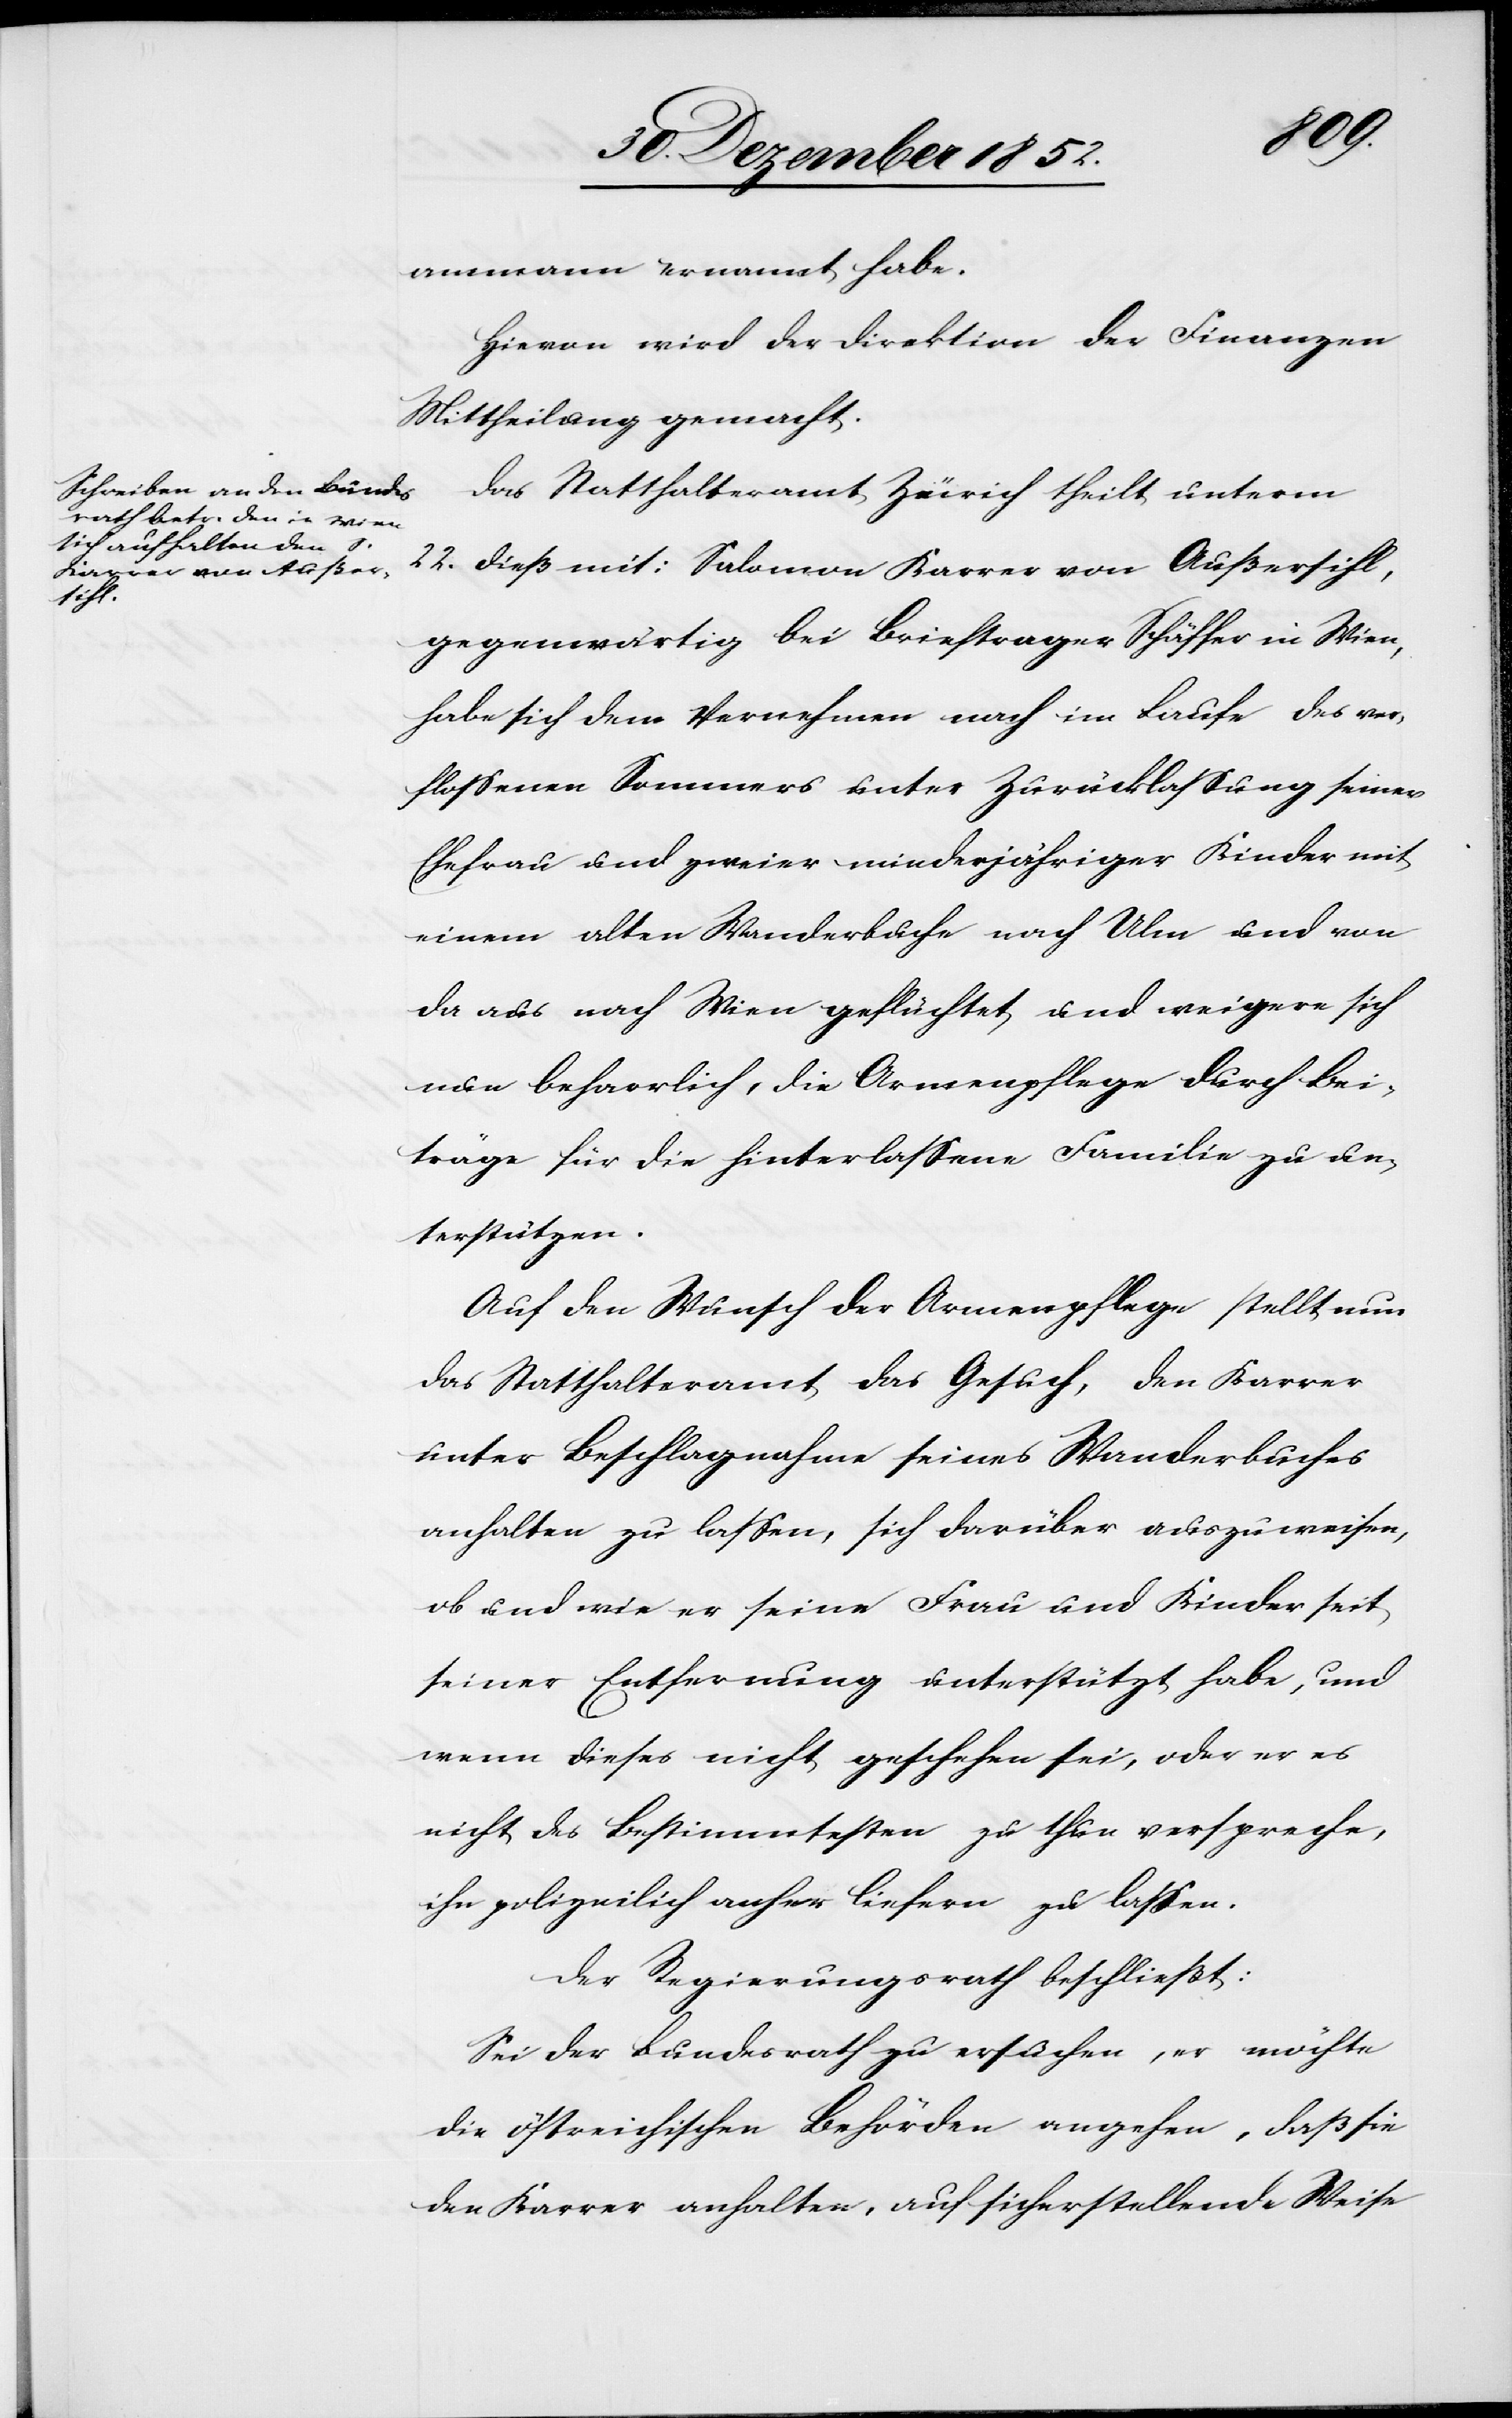
ammann ernannt habe.
Hievon wird der Direktion der Finanzen
Mittheilung gemacht.
Das Statthalteramt Zürich theilt unterm
22. dieß mit: Salomon Karrer von Außersihl,
gegenwärtig bei Brieftrager Schäffer in Wien,
habe sich dem Vernehmen nach im Laufe des ver¬
flossenen Sommers unter Zurücklassung seiner
Ehefrau und zweier minderjähriger Kinder mit
einem alten Wanderbuche nach Ulm und von
da aus nach Wien geflüchtet und weigere sich
nun beharrlich, die Armenpflege durch Bei¬
träge für die hinterlassene Familie zu un¬
terstützen.
Auf den Wunsch der Armenpflege stellt nun
das Statthalteramt das Gesuch, den Karrer
unter Beschlagnahme seines Wanderbuches
anhalten zu lassen, sich darüber auszuweisen,
ob und wie er seine Frau und Kinder seit
seiner Entfernung unterstützt habe, und
wenn dieses nicht geschehen sei, oder er es
nicht des Bestimmtesten zu thun verspreche,
ihn polizeilich anher liefern zu lassen.
Der Regierungsrath beschließt:
Sei der Bundesrath zu ersuchen, er möchte
die östreichischen Behörden angehen, daß sie
den Karrer anhalten, auf sicherstellende Weise